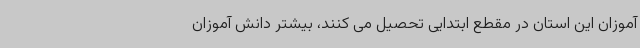
آموزان این استان در مقطع ابتدایی تحصیل می کنند، بیشتر دانش آموزان